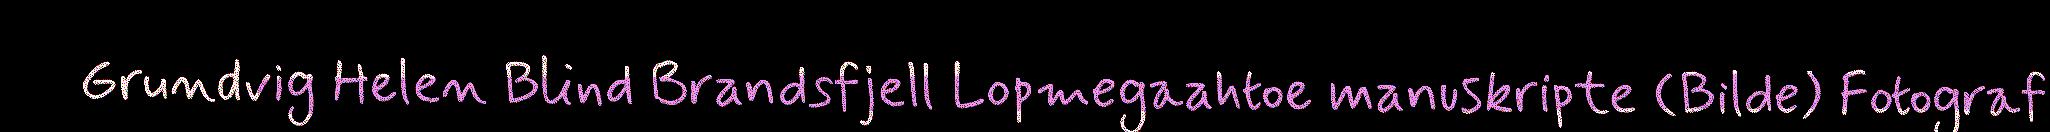
Grundvig Helen Blind Brandsfjell Lopmegaahtoe manuskripte (Bilde) Fotograf